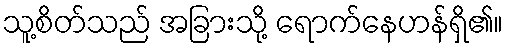
သူ့စိတ်သည် အခြားသို့ ရောက်နေဟန်ရှိ၏။